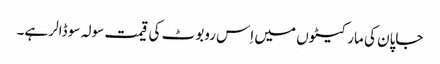
جاپان کی مارکیٹوں میں اِس روبوٹ کی قیمت سولہ سو ڈالر ہے۔